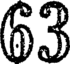
63